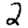
Digit: 2